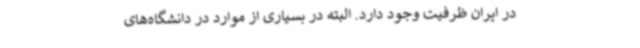
در ایران ظرفیت وجود دارد. البته در بسیاری از موارد در دانشگاه‌های